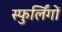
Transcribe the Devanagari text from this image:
स्फुर्लिंगों